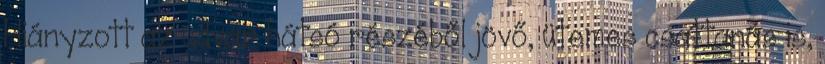
Hiányzott az udvar hátsó részéből jövő, ütemes csattanás is,